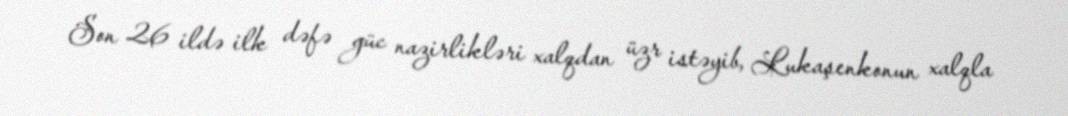
Son 26 ildə ilk dəfə güc nazirlikləri xalqdan üzr istəyib, Lukaşenkonun xalqla